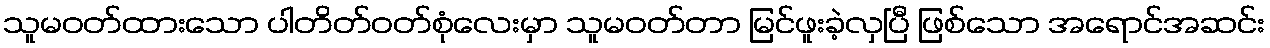
သူမဝတ်ထားသော ပါတိတ်ဝတ်စုံလေးမှာ သူမဝတ်တာ မြင်ဖူးခဲ့လှပြီ ဖြစ်သော အရောင်အဆင်း